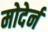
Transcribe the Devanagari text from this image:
मोदेर्न